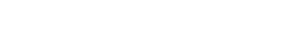
ထပ်မံဖွင့်လှစ်ခဲ့တာဖြစ်ပါတယ်။